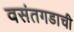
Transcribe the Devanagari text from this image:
वसंतगडाची